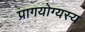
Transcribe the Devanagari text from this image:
प्रागयोग्यस्य